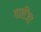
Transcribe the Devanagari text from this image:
गालैंजा